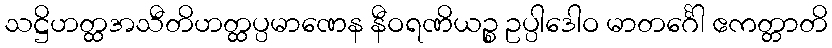
သဋ္ဌိဟတ္ထအသီတိဟတ္ထပ္ပမာဏေန နီဝရဏိယဉ္စ ဥပ္ပါဒေါဝ မာတင်္ဂေါ ဧကတ္တာတိ